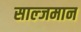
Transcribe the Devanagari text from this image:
साल्जमान